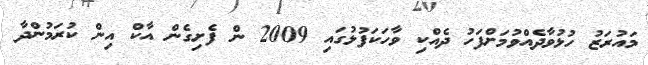
މައުރަޒު ހުޅުވާދެއްވުމަށްފަހު ދެއްކި ވާހަކަފުޅުގައި 2009 ން ފެށިގެން އާކް އިން ކުރަމުންދާ